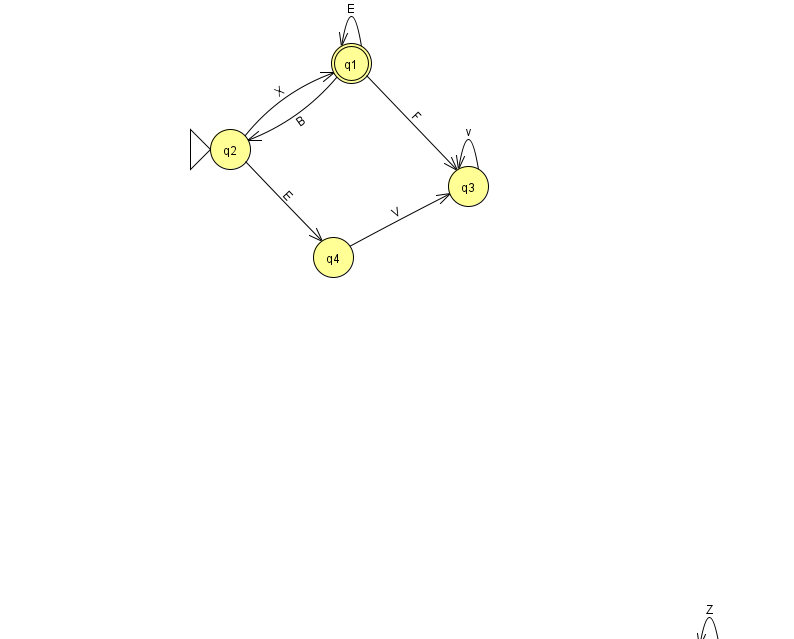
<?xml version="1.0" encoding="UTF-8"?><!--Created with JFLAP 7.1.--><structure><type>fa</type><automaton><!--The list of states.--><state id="0" name="q0"><x>709.0</x><y>651.0</y></state><state id="1" name="q1"><x>351.0</x><y>50.0</y><final/></state><state id="2" name="q2"><x>230.0</x><y>136.0</y><initial/></state><state id="3" name="q3"><x>468.0</x><y>173.0</y></state><state id="4" name="q4"><x>333.0</x><y>244.0</y></state><!--The list of transitions.--><transition><from>2</from><to>4</to><read>E</read></transition><transition><from>4</from><to>3</to><read>V</read></transition><transition><from>1</from><to>1</to><read>E</read></transition><transition><from>2</from><to>1</to><read>X</read></transition><transition><from>3</from><to>3</to><read>v</read></transition><transition><from>1</from><to>3</to><read>F</read></transition><transition><from>0</from><to>0</to><read>Z</read></transition><transition><from>1</from><to>2</to><read>B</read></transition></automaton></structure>